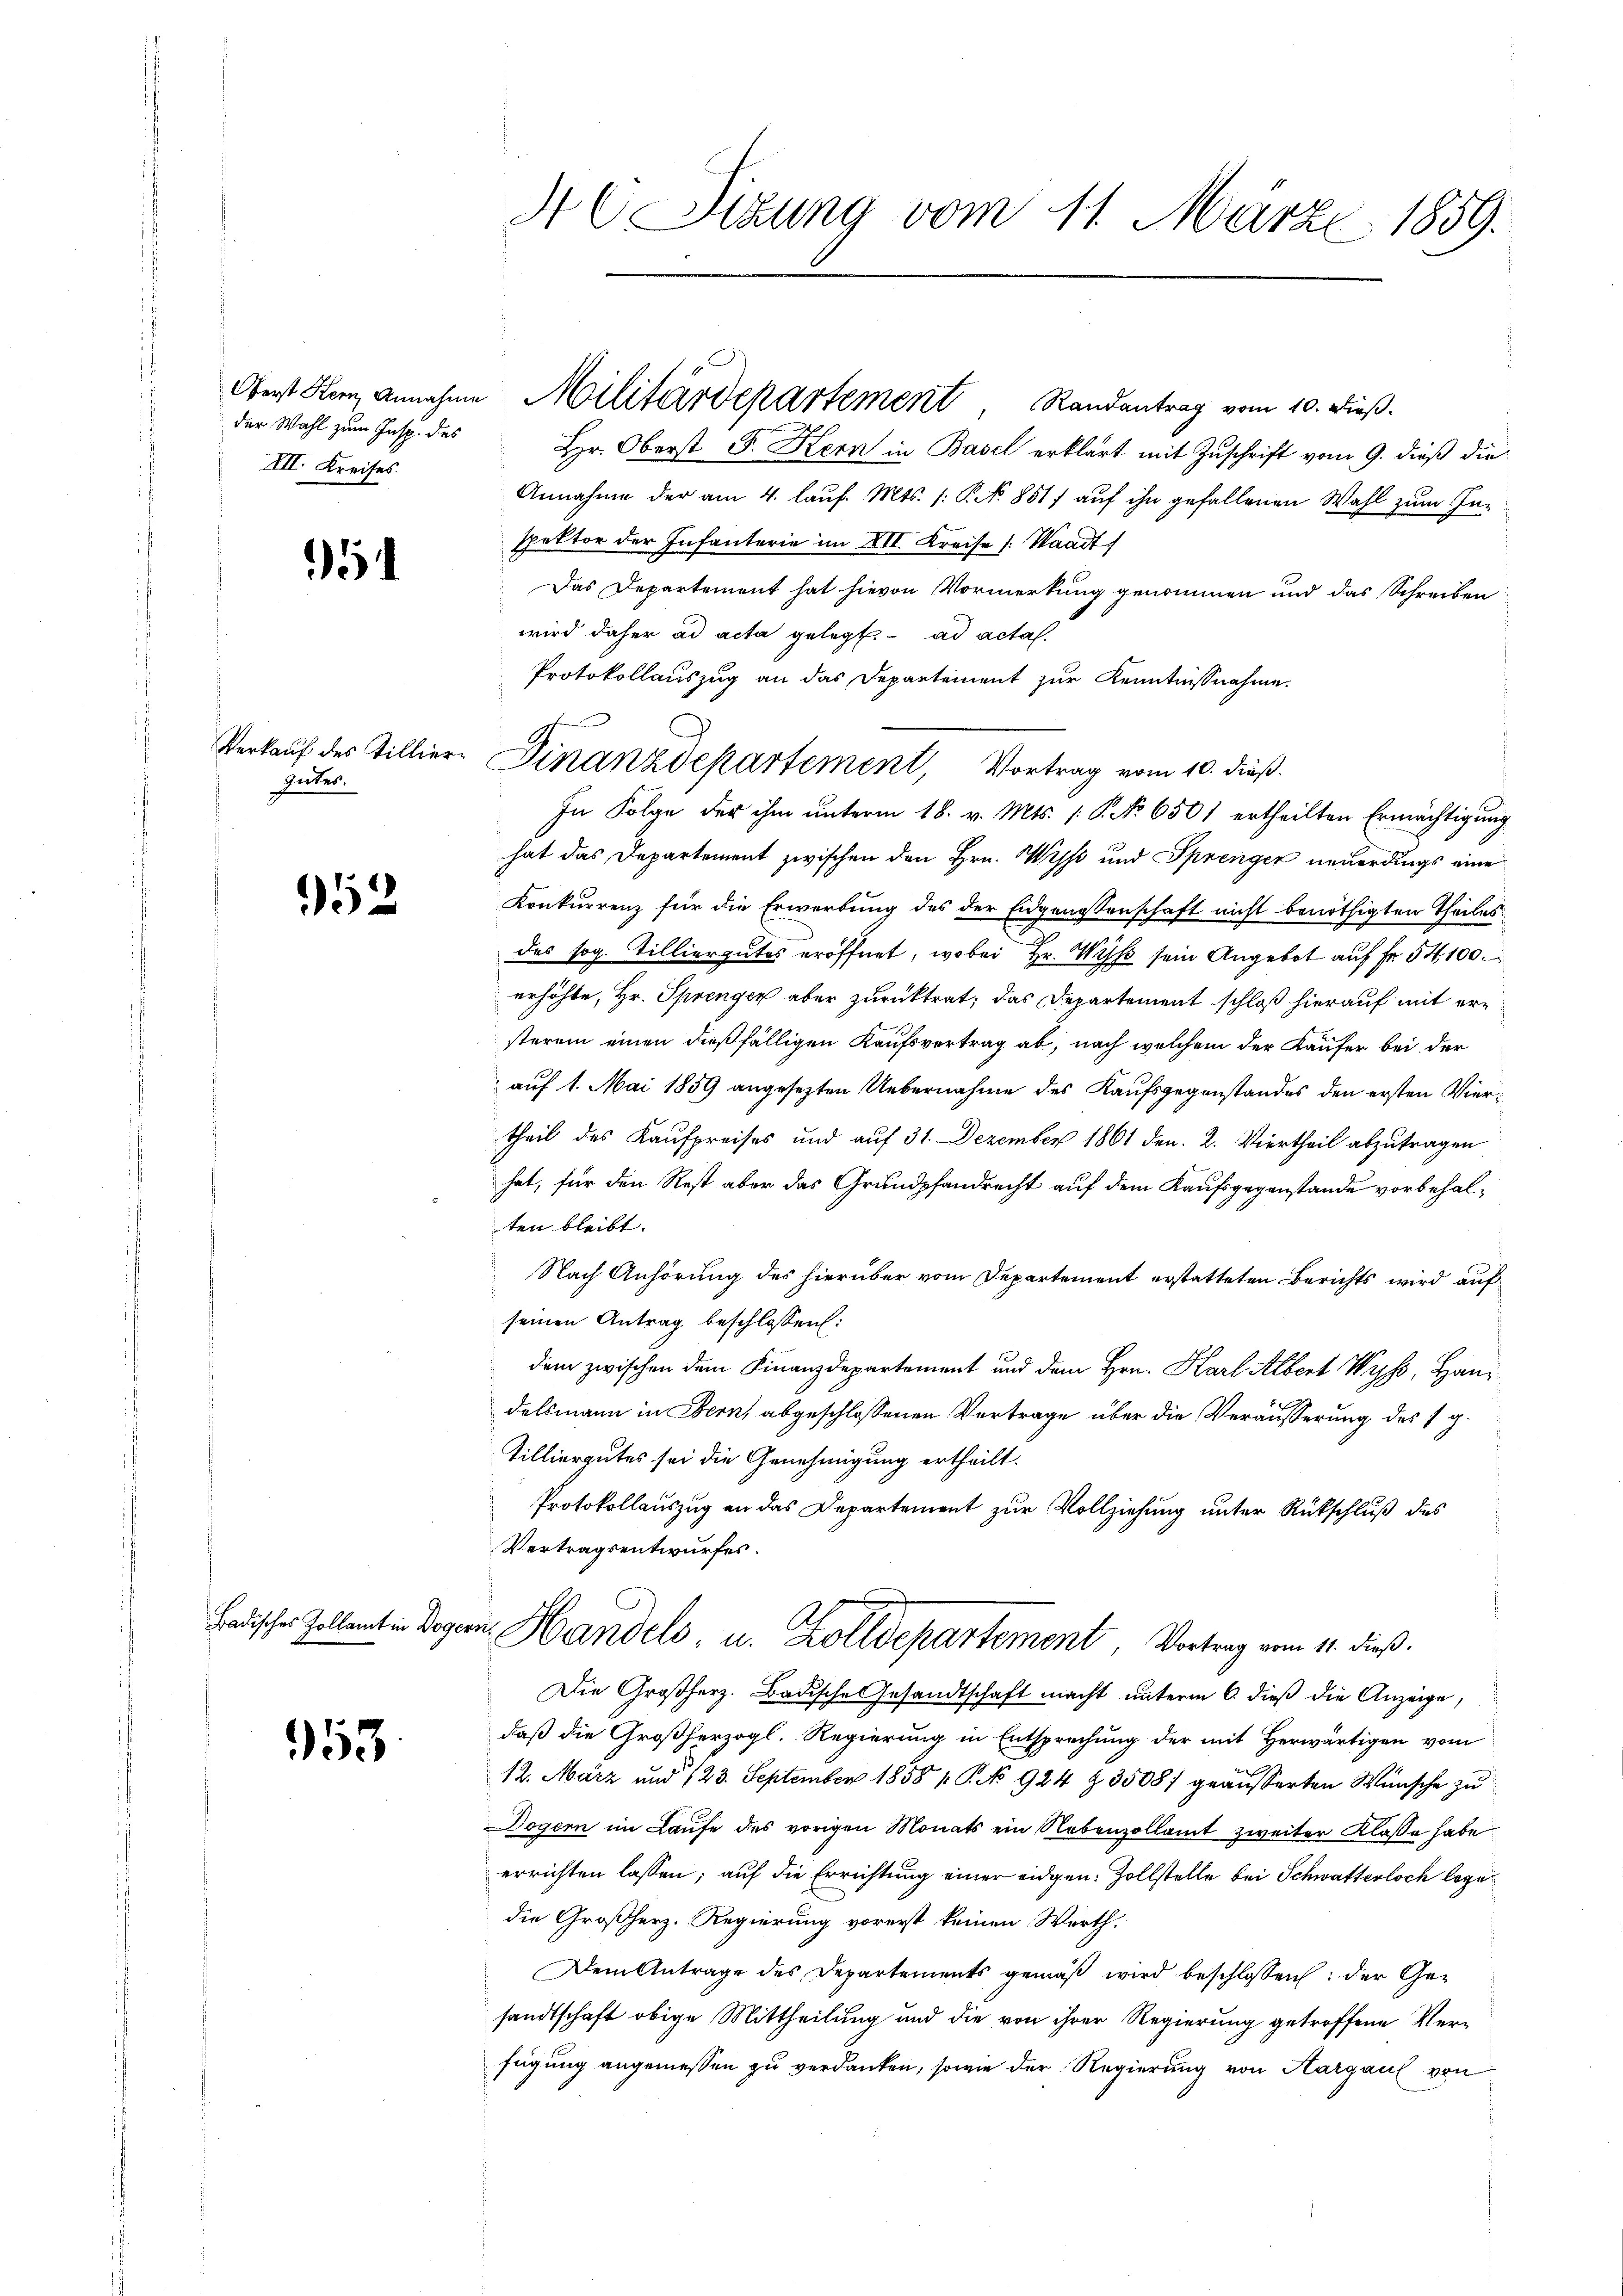
der Wahl zum Insp. des
III. Kreises.

5

Inter.

52

Badisches Zollamt in Doge

953

4 C Sitzung vom 11. März 1859.

Hr. Oberst F. Kern in Basel erklärt mit Zuschrift vom 9. dieß die
Annahme der am 4. lauf. Mts. (: P. No 851 auf ihn gefallenen Wahl zum In-
spektor der Infanterie im VII. Kreise /: Waadt
Das Departement hat hievon Vormerkung genommen und das Schreiben
wird daher ad acta gelegt. ad acta.
Protokollauszug an das Departement zur Kenntnisnahme.
In Folge der ihm unterm 18. v. Mts. (: P. No 6501 ertheilten Ermächtigung
hat das Departement zwischen den Hrn. Wyss und Sprenger neuerdings eine
Konkurrenz für die Erwerbung des der Eidgenossenschaft nicht benöthigten Theiles
des sog. Tilliergutes eröffnet, wobei Hr. Wyss sein Angebot auf Fr. 54, 100.
erhöhte, Hr. Sprenger aber zurücktrat; das Departement schloß hierauf mit ersterem einen dießfälligen Kaufsvertrag ab, nach welchem der Käufer bei der
auf 1. Mai 1859 angesezten Uebernahme des Kaufsgegenstandes den ersten Viertheil des Kaufpreises und auf 31. Dezember 1861 den 2. Viertheil abzutragen
hat, für den Rest aber das Grundpfandrecht auf dem Kaufsgegenstande vorbehalten bleibt.
Nach Anhörung des hierüber vom Departement erstatteten Berichts wird auf
seinen Antrag beschlossen:
dem zwischen dem Finanzdepartement und dem Hrn. Karl Albert Wyss, Handelsmann in Bern, abgeschlossenen Vortrage über die Veräusserung des 1 g
Tilliergutes sei die Genehmigung ertheilt.
Protokollauszug an das Departement zur Vollziehung unter Rückschluß des
Vertragsentwurfes.
an Handels, u. Zolldepartement, Vortrag vom 11. dieß.
Die Großherz. Badische Gesandtschaft macht unterm 6. dieß die Anzeige,
daß die Großherzogl. Regierung in Entsprechung der mit Herwärtigen vom
12. März und 123. September 1858 / P. No 924 § 3508/ geäusserten Wünsche zu
Dogern im Laufe des vorigen Monats ein Nebenzollamt zweiter Klasse habe
errichten lassen; auf die Errichtung einer eidgen: Zollstelle bei Schwatterloch legedie Großherz. Regierung vorerst keinen Werth.
Dem Antrage des Departements gemäβ wird beschlossen: der Gesandtschaft obige Mittheilung und die von ihrer Regierung getroffene Verfügung angemessen zu verdanken, sowie der Regierung von Hargau von

Oberst kam annahme Militärdepartement, Randantrag vom 10. dieß.

Verkauf des Tillier-Finanzdepartement, Vortrag vom 10. dieß.